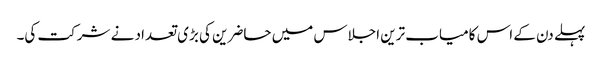
پہلے دن کے اس کامیاب ترین اجلاس میں حاضرین کی بڑی تعداد نے شرکت کی۔